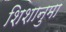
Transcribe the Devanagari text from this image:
शिशानुमा